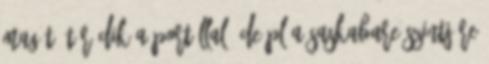
magát, törődik a portállal. De pl a saskabare szintjére